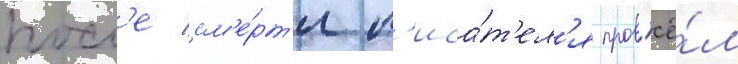
посл'е см'е́рт'и п'иса́т'ел'я пров'ё́л